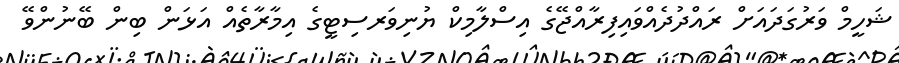
ޝަހީމް ވަރުގަދައަށް ރައްދުދެއްވައިފިރާއްޖޭގެ އިސްލާމިކް ޔުނިވަރސިޓީގެ އިމާރާތެއް އަޅަން ބިން ބޭނުންވޭ